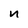
Character: n